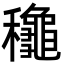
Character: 䆋